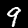
Digit: 9